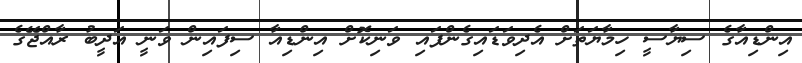
އިންޑިއާގެ ސިޔާސީ ހިމާޔަތަށް އެދިވަޑައިގެންފައި ވަނިކޮށް އިންޑިއާ ސިފައިން ވަނީ އަދީބު ރާއްޖޭގެ